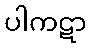
ပါကဋာ